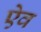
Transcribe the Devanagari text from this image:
ऐव